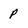
Character: p